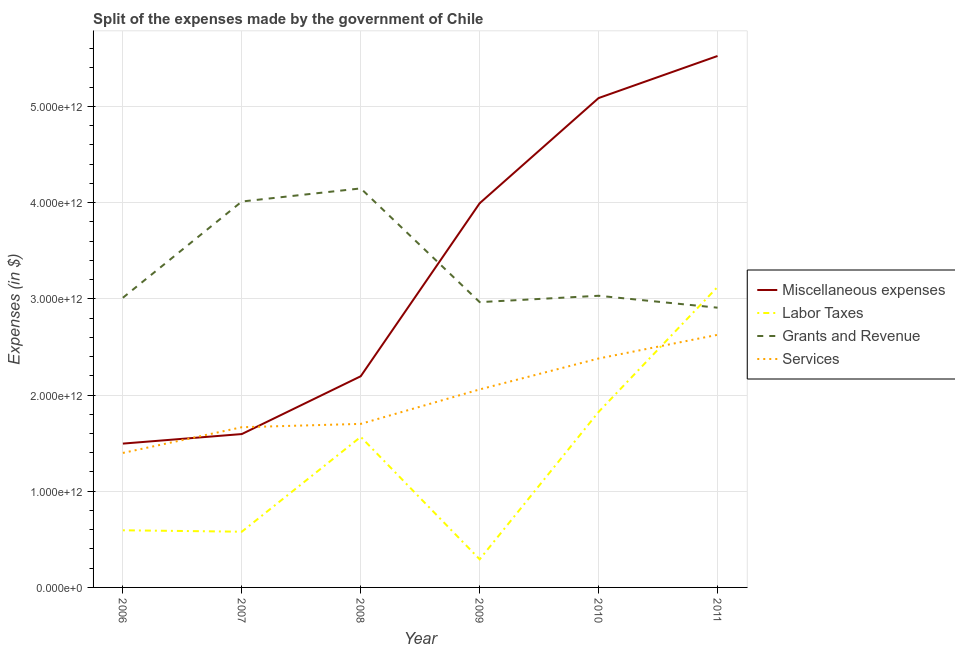
| Year | Miscellaneous expenses | Labor Taxes | Grants and Revenue | Services |
 | --- | --- | --- | --- | --- |
 | 2006 | 1.5e+12 | 5.94e+11 | 3.01e+12 | 1.4e+12 |
 | 2007 | 1.59e+12 | 5.79e+11 | 4.01e+12 | 1.67e+12 |
 | 2008 | 2.2e+12 | 1.57e+12 | 4.15e+12 | 1.7e+12 |
 | 2009 | 3.99e+12 | 2.92e+11 | 2.97e+12 | 2.06e+12 |
 | 2010 | 5.09e+12 | 1.82e+12 | 3.03e+12 | 2.38e+12 |
 | 2011 | 5.52e+12 | 3.12e+12 | 2.91e+12 | 2.63e+12 |